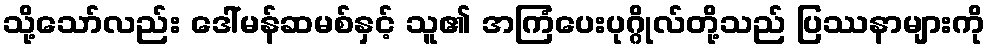
သို့သော်လည်း ဒေါ်မန်ဆမစ်နှင့် သူ၏ အကြံပေးပုဂ္ဂိုလ်တို့သည် ပြဿနာများကို